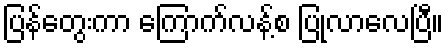
ပြန်တွေးကာ ကြောက်လန့်စ ပြုလာလေပြီ။